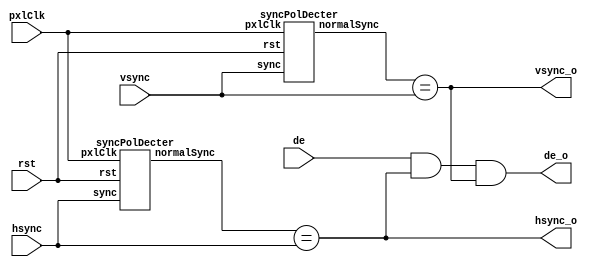
/*
--   : 2015-06-15
--   : EP4CE22F17C8
--   : pxlClk<=165MHz
--   : rsth/vsyncde
              h/vsync_ode 
*/
module syncCorrector(
  input wire pxlClk,
  input wire rst,
  
  input wire vsync,
  input wire hsync,
  input wire de,
  
  output wire vsync_o,
  output wire hsync_o,
  output wire de_o
);

wire normalVsync, normalHsync;

syncPolDecter hdect (
  .pxlClk(pxlClk),
  .rst(rst),
  
  .sync(hsync),
  .normalSync(normalHsync)
);

syncPolDecter vdect (
  .pxlClk(pxlClk),
  .rst(rst),
  
  .sync(vsync),
  .normalSync(normalVsync)
);

assign de_o = de && hsync_o && vsync_o;
assign hsync_o = normalHsync == hsync;
assign vsync_o = normalVsync == vsync;

/*
always @(posedge pxlClk or negedge rst) begin
  if(!rst)begin
    normalHsync <= 1'b1;
    normalVsync <= 1'b1;
  end else begin
    if (de) begin
      normalHsync <= hsync;
      normalVsync <= vsync;
    end
  end
end
*/

endmodule

module syncPolDecter(
  input wire pxlClk,
  input wire rst,
  
  input wire sync,
  
  output reg normalSync

);

reg [24:0] lowCount;
reg [24:0] highCount;
reg sync_d1;

always @(posedge pxlClk or negedge rst) begin
  if(!rst) begin
    sync_d1 <= 1'b0;
  end else begin
    sync_d1 <= sync;
  end
end


always @(posedge pxlClk or negedge rst) begin

  if(!rst) begin
    lowCount <= 24'd0;
    highCount <= 24'd0;
    normalSync <= 1'b1;
  end else begin
    if(sync) begin
      if(!sync_d1) begin
        normalSync <= highCount > lowCount;
        lowCount <= 24'd0;
        highCount <= 24'd0;
      end else begin 
        highCount <= highCount + 1;
      end
    end else begin 
      if(sync_d1) begin
        lowCount <= 24'd0;
      end else begin
        lowCount <= lowCount + 1;
      end
    end
  end

end


endmodule